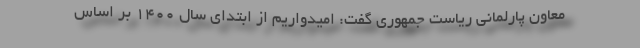
معاون پارلمانی ریاست جمهوری گفت: امیدواریم از ابتدای سال ۱۴۰۰ بر اساس